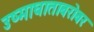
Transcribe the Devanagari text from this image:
उष्माघाताबरोबर